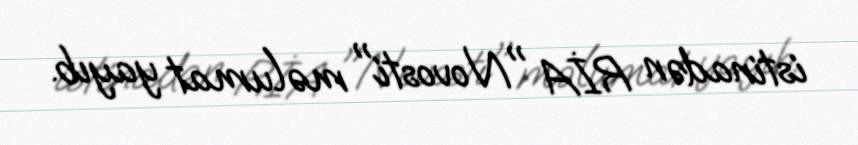
istinadən RİA "Novosti" məlumat yayıb.